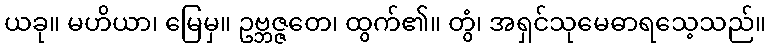
ယခု။ မဟိယာ၊ မြေမှ။ ဥဗ္ဘဇ္ဇတေ၊ ထွက်၏။ တွံ၊ အရှင်သုမေဓာရသေ့သည်။